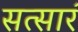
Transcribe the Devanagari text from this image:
सत्सार॔